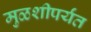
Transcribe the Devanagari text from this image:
मुळशीपर्यंत